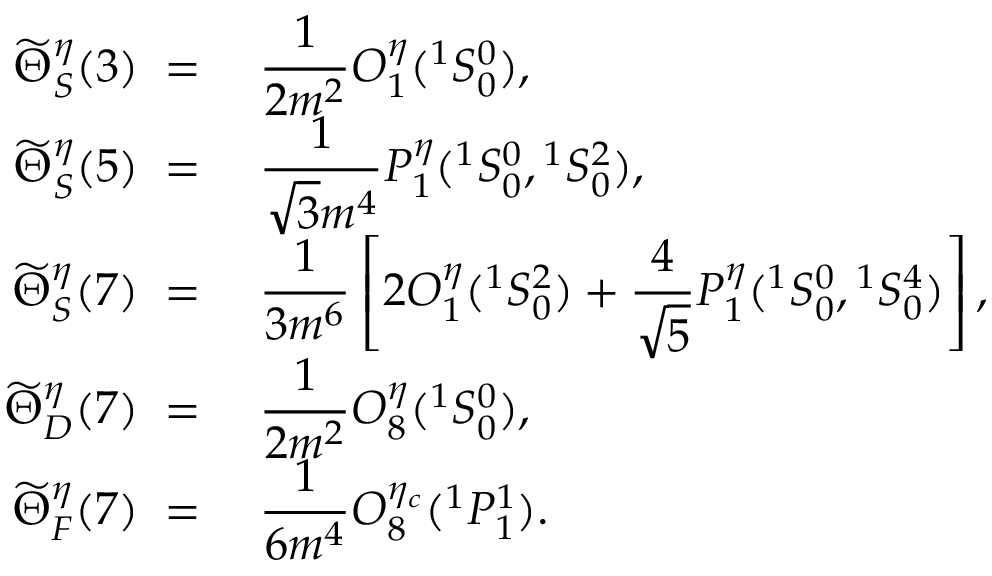
\begin{array} { r l } { { \widetilde \Theta _ { S } ^ { \eta } ( 3 ) \; = \; } } & { { { \displaystyle { \frac { 1 } { 2 m ^ { 2 } } } } { \cal O } _ { 1 } ^ { \eta } ( { } ^ { 1 } S _ { 0 } ^ { 0 } ) , } } \\ { { \widetilde \Theta _ { S } ^ { \eta } ( 5 ) \; = \; } } & { { { \displaystyle { \frac { 1 } { \sqrt 3 m ^ { 4 } } } } { \cal P } _ { 1 } ^ { \eta } ( { } ^ { 1 } S _ { 0 } ^ { 0 } , { } ^ { 1 } S _ { 0 } ^ { 2 } ) , } } \\ { { \widetilde \Theta _ { S } ^ { \eta } ( 7 ) \; = \; } } & { { { \displaystyle { \frac { 1 } { 3 m ^ { 6 } } } } \left[ 2 { \cal O } _ { 1 } ^ { \eta } ( { } ^ { 1 } S _ { 0 } ^ { 2 } ) + \displaystyle { \frac { 4 } { \sqrt 5 } } { \cal P } _ { 1 } ^ { \eta } ( { } ^ { 1 } S _ { 0 } ^ { 0 } , { } ^ { 1 } S _ { 0 } ^ { 4 } ) \right] , } } \\ { { \widetilde \Theta _ { D } ^ { \eta } ( 7 ) \; = \; } } & { { { \displaystyle { \frac { 1 } { 2 m ^ { 2 } } } } { \cal O } _ { 8 } ^ { \eta } ( { } ^ { 1 } S _ { 0 } ^ { 0 } ) , } } \\ { { \widetilde \Theta _ { F } ^ { \eta } ( 7 ) \; = \; } } & { { \displaystyle { \frac { 1 } { 6 m ^ { 4 } } } { \cal O } _ { 8 } ^ { \eta _ { c } } ( { } ^ { 1 } P _ { 1 } ^ { 1 } ) . } } \end{array}